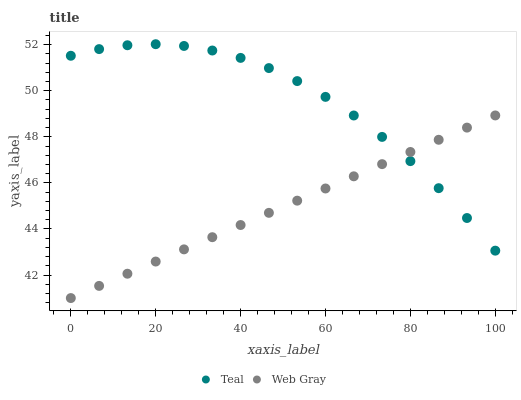
| xaxis_label | Teal | Web Gray |
 | --- | --- | --- |
 | 0 | 51.5 | 41 |
 | 6.67 | 51.8 | 41.5 |
 | 13.3 | 52 | 42.1 |
 | 20 | 52 | 42.6 |
 | 26.7 | 51.9 | 43.1 |
 | 33.3 | 51.7 | 43.6 |
 | 40 | 51.4 | 44.2 |
 | 46.7 | 51 | 44.7 |
 | 53.3 | 50.4 | 45.2 |
 | 60 | 49.7 | 45.8 |
 | 66.7 | 48.9 | 46.3 |
 | 73.3 | 48 | 46.8 |
 | 80 | 46.9 | 47.3 |
 | 86.7 | 45.8 | 47.9 |
 | 93.3 | 44.5 | 48.4 |
 | 100 | 43.1 | 48.9 |